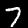
Label: 7